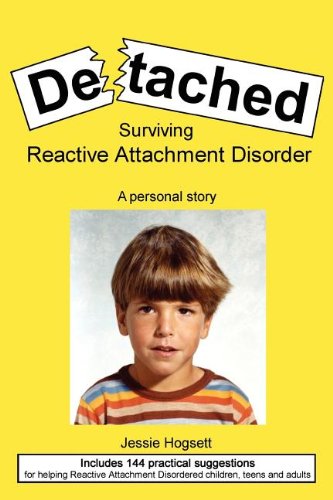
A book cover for Detached: Surviving Reactive Attachment Disorder; Jessie Hogsett; Biographies & Memoirs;